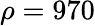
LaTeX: \rho=970